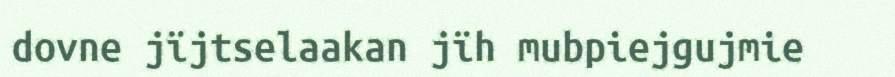
dovne jïjtselaakan jïh mubpiejgujmie